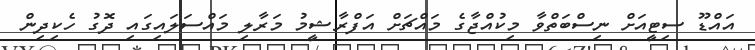
އައްޑޫ ސިޓީއަށް ނިސްބަތްވާ މިކުއްޖާގެ މައްޗަށް އަފްރާޝީމު މަރާލި މައްސަލައިގައި ދޮގު ހެކިދިން